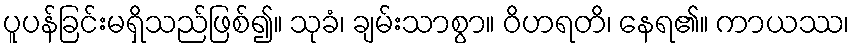
ပူပန်ခြင်းမရှိသည်ဖြစ်၍။ သုခံ၊ ချမ်းသာစွာ။ ဝိဟရတိ၊ နေရ၏။ ကာယဿ၊